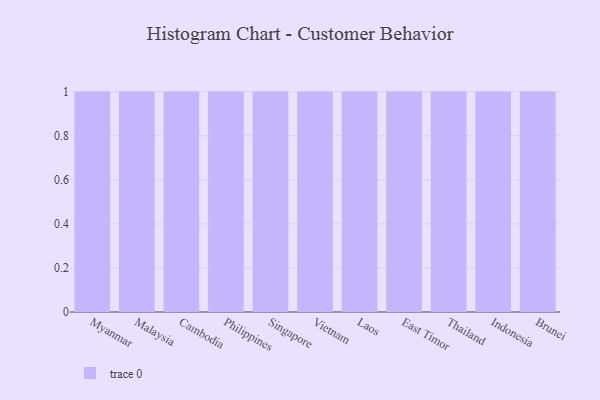
{"axis": {"x": "Country", "y": "Backlog"}, "legend": [""], "data": [{"x": "Myanmar", "y": 74, "type": ""}, {"x": "Malaysia", "y": 34, "type": ""}, {"x": "Cambodia", "y": 67, "type": ""}, {"x": "Philippines", "y": 75, "type": ""}, {"x": "Singapore", "y": 91, "type": ""}, {"x": "Vietnam", "y": 88, "type": ""}, {"x": "Laos", "y": 41, "type": ""}, {"x": "East Timor", "y": 14, "type": ""}, {"x": "Thailand", "y": 55, "type": ""}, {"x": "Indonesia", "y": 11, "type": ""}, {"x": "Brunei", "y": 82, "type": ""}]}